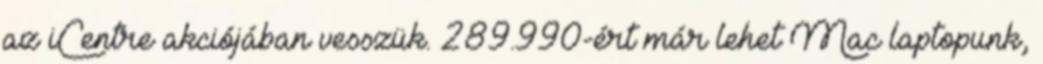
az iCentre akciójában vesszük. 289.990-ért már lehet Mac laptopunk,